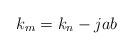
LaTeX: \begin{align*} k_m = k_n - jab \end{align*}